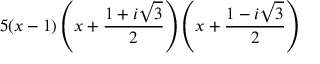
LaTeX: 5 ( x - 1 ) \left( x + { \frac { 1 + i { \sqrt { 3 } } } { 2 } } \right) \left( x + { \frac { 1 - i { \sqrt { 3 } } } { 2 } } \right)